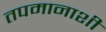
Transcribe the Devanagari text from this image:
तपमानाशी